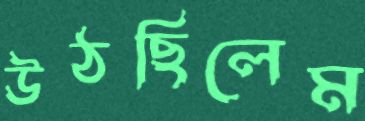
উঠছিলেম